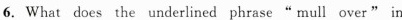
6.What does the underlined phrase" mull over" in